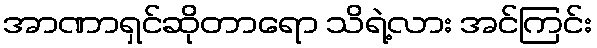
အာဏာရှင်ဆိုတာရော သိရဲ့လား အင်ကြင်း